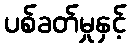
ပစ်ခတ်မှုနှင့်